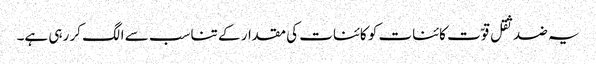
یہ ضد ثقل قوّت کائنات کو کائنات کی مقدار کے تناسب سے الگ کر رہی ہے۔